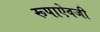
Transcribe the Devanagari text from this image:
रूपाऐवजी